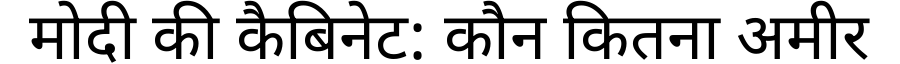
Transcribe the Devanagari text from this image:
मोदी की कैबिनेट: कौन कितना अमीर